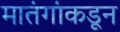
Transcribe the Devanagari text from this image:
मातंगांकडून